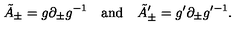
\tilde { A } _ { \pm } = g \partial _ { \pm } g ^ { - 1 } \quad \mathrm { a n d } \quad \tilde { A } _ { \pm } ^ { \prime } = g ^ { \prime } \partial _ { \pm } g ^ { \prime - 1 } .